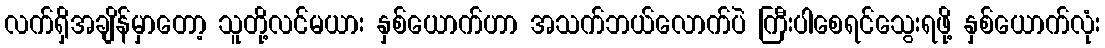
လက်ရှိအချိန်မှာတော့ သူတို့လင်မယား နှစ်ယောက်ဟာ အသက်ဘယ်လောက်ပဲ ကြီးပါစေရင်သွေးရဖို့ နှစ်ယောက်လုံး